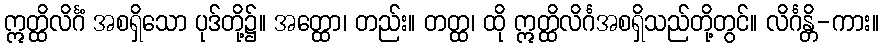
ဣတ္ထိလိင်္ဂံ အစရှိသော ပုဒ်တို့၌။ အတ္ထော၊ တည်း။ တတ္ထ၊ ထို ဣတ္ထိလိင်္ဂအစရှိသည်တို့တွင်။ လိင်္ဂန္တိ-ကား။